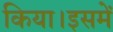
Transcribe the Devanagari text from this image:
किया।इसमें